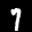
Label: 7